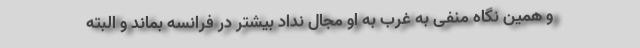
و همین نگاه منفی به غرب به او مجال نداد بیشتر در فرانسه بماند و البته